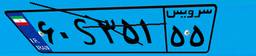
۱۸S۳۹۲۱۰